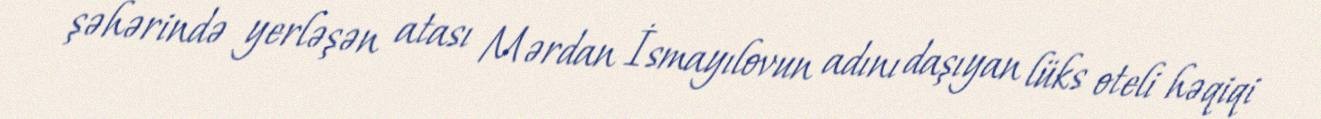
şəhərində yerləşən atası Mərdan İsmayılovun adını daşıyan lüks oteli həqiqi